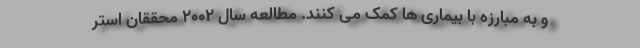
و به مبارزه با بیماری ها کمک می کنند. مطالعه سال ۲۰۰۲ محققان استر